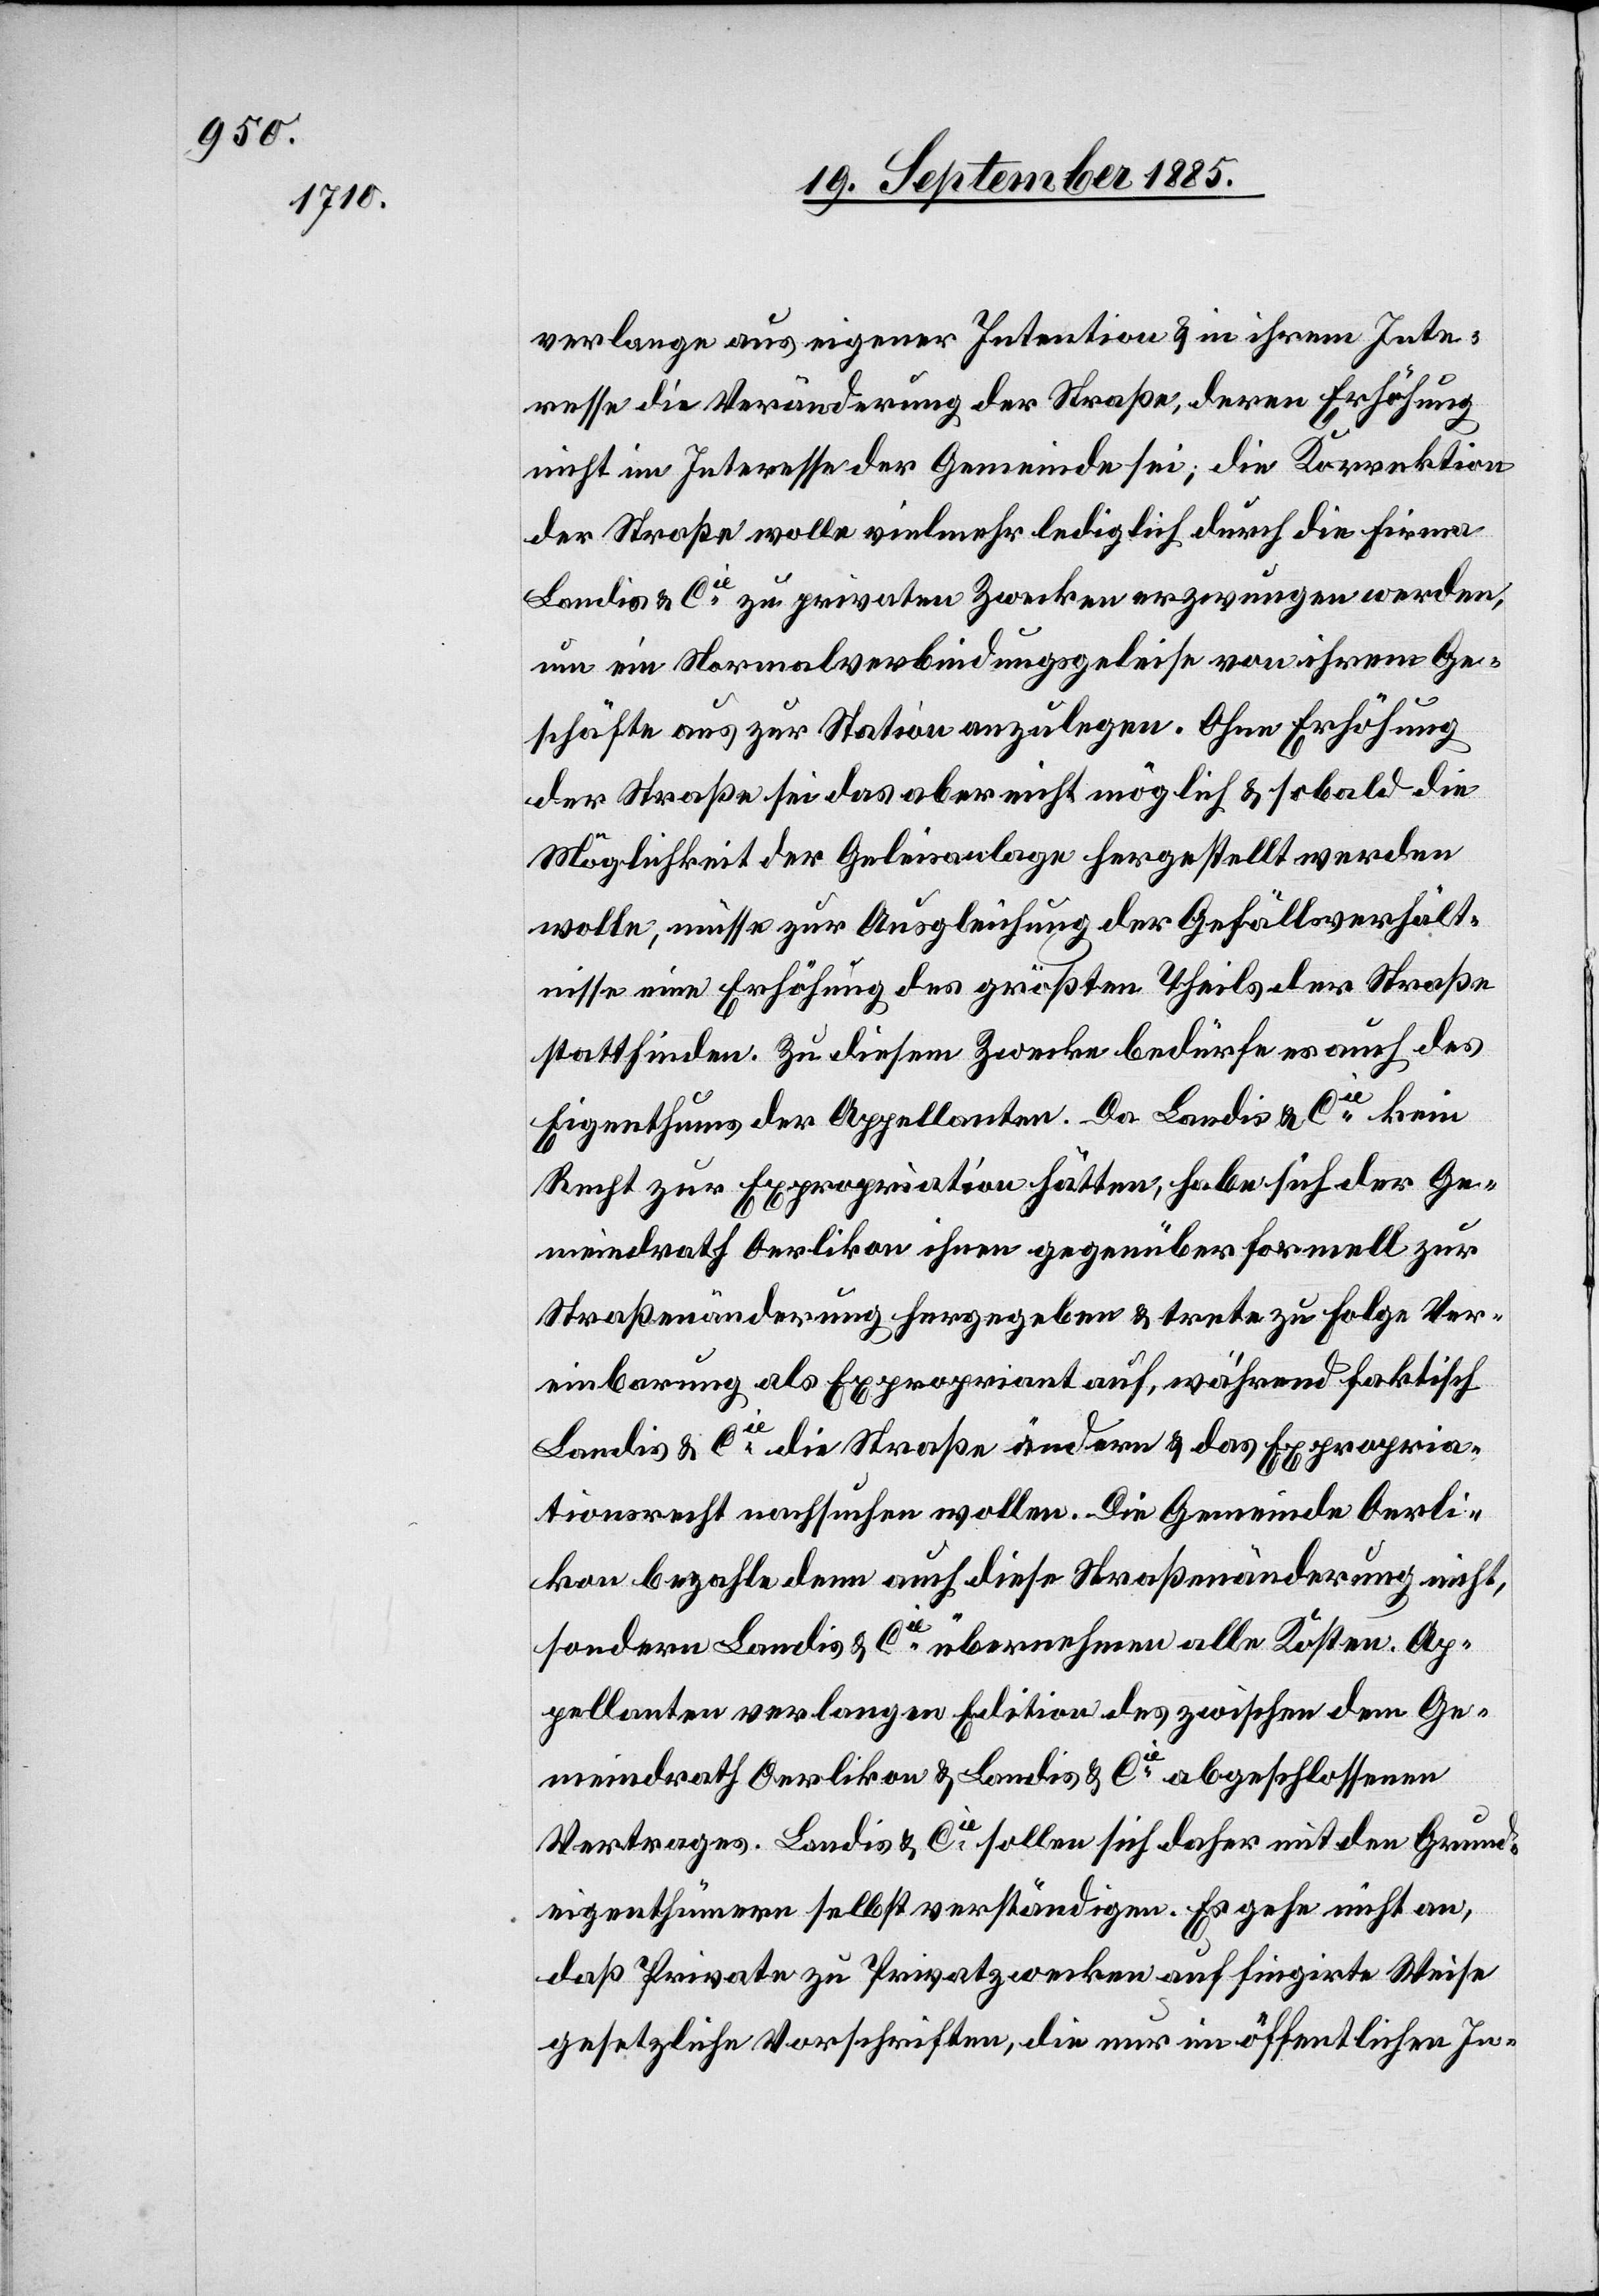
verlange aus eigener Intention & in ihrem Inte¬
resse die Veränderung der Straße, deren Erhöhung
nicht im Interesse der Gemeinde sei, die Korrektion
der Straße wolle vielmehr lediglich durch die Firma
Landis & Cie zu privaten Zwecken erzwungen werden,
um ein Normalverbindungsgeleise von ihrem Ge¬
schäfte aus zur Station anzulegen. Ohne Erhöhung
der Straße sei das aber nicht möglich & sobald die
Möglichkeit der Geleisanlage hergestellt werden
wolle, müsse zur Ausgleichung der Gefällsverhält¬
nisse eine Erhöhung des größten Theils der Straße
stattfinden. Zu diesem Zwecke bedürfe es auch des
Eigenthums der Appellanten. Da Landis & Cie kein
Recht zur Expropriation hätten, habe sich der Ge¬
meindrath Oerlikon ihnen gegenüber formell zur
Straßenänderung hergegeben & trete zu Folge Ver¬
einbarung als Expropriant auf, während faktisch
Landis & Cie die Straße ändern & das Expropria¬
tionsrecht nachsuchen wollen. Die Gemeinde Oerli¬
kon bezahle denn auch diese Straßenänderung nicht,
sondern Landis & Cie übernehmen alle Kosten. Ap¬
pellanten verlangen Edition des zwischen dem Ge¬
meindrath Oerlikon & Landis & Cie abgeschlossenen
Vertrages. Landis & Cie sollen sich daher mit den Grund¬
eigenthümern selbst verständigen. Es gehe nicht an,
daß Private zu Privatzwecken auf fingirte Weise
gesetzliche Vorschriften, die nur im öffentlichen In-